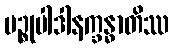
ပဉ္စုပါဒါနက္ခန္ဓာတိဿ